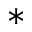
*